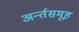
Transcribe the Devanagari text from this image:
अर्न्तसमूह